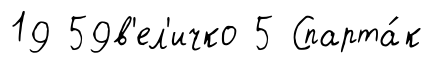
19 59в'ел'ичко 5 Спарта́к